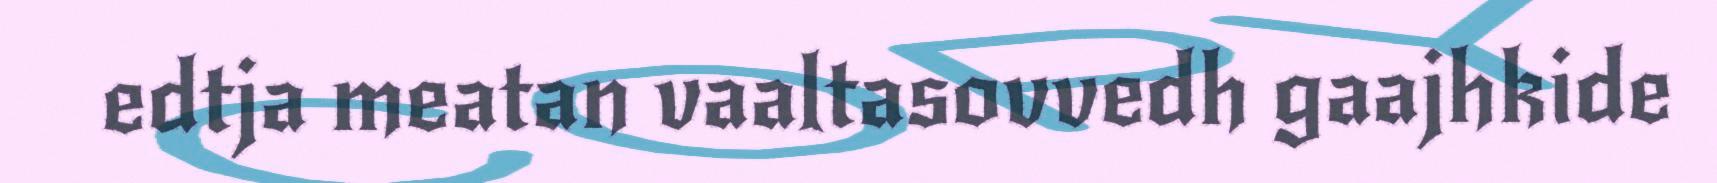
edtja meatan vaaltasovvedh gaajhkide